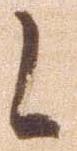
候